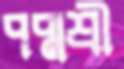
পদ্মশ্রী